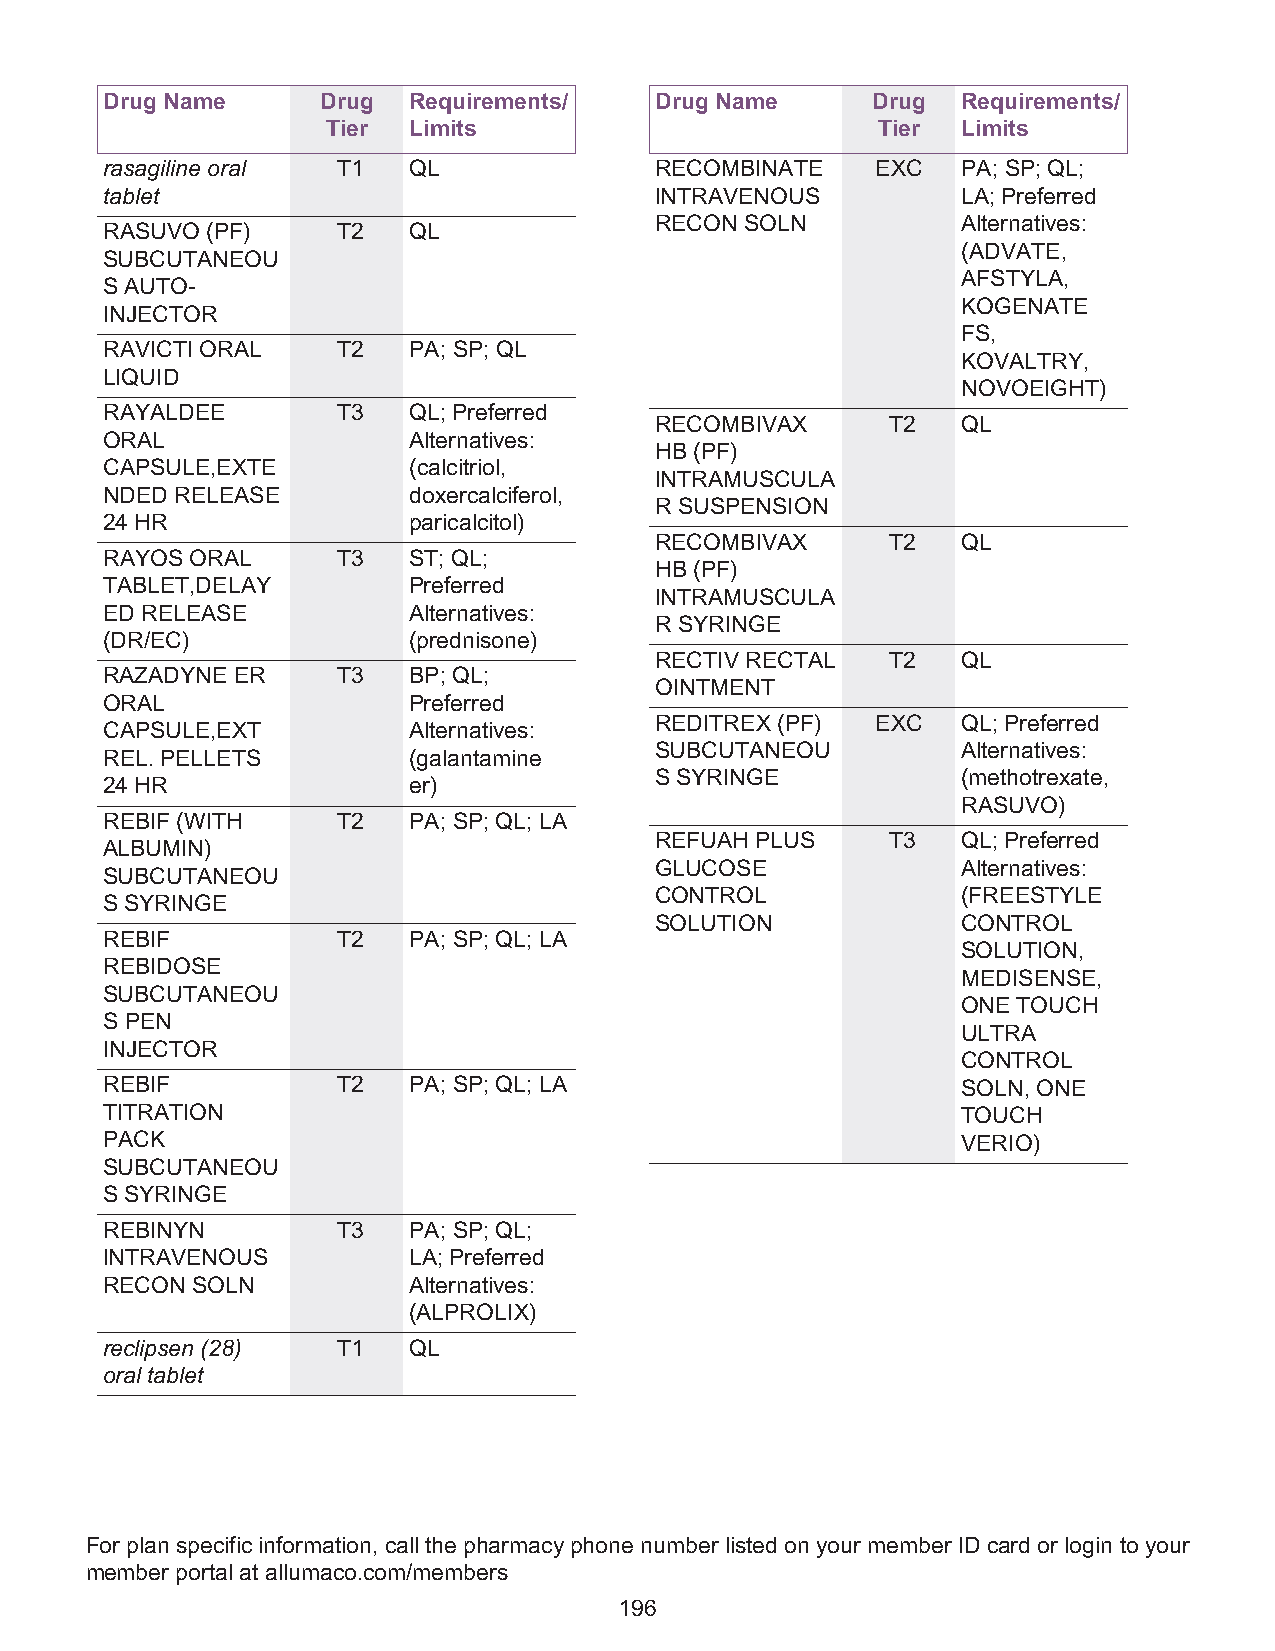
Drug Name     Drug  Requirements/   Drug Name      Drug  Requirements/
 Tier Limits                         Tier  Limits
 rasagiline oral T1  QL              RECOMBINATE    EXC   PA; SP; QL;
 tablet                              INTRAVENOUS          LA; Preferred
 RECON SOLN           Alternatives:
 RASUVO (PF)    T2   QL
 (ADVATE,
 SUBCUTANEOU
 AFSTYLA,
 S AUTO-
 KOGENATE
 INJECTOR
 FS,
 RAVICTI ORAL   T2   PA; SP; QL
 KOVALTRY,
 LIQUID
 NOVOEIGHT)
 RAYALDEE       T3   QL; Preferred
 RECOMBIVAX      T2   QL
 ORAL                Alternatives:
 HB (PF)
 CAPSULE,EXTE        (calcitriol,
 INTRAMUSCULA
 NDED RELEASE        doxercalciferol,
 R SUSPENSION
 24 HR               paricalcitol)
 RECOMBIVAX      T2   QL
 RAYOS ORAL     T3   ST; QL;
 HB (PF)
 TABLET,DELAY        Preferred
 INTRAMUSCULA
 ED RELEASE          Alternatives:
 R SYRINGE
 (DR/EC)             (prednisone)
 RECTIV RECTAL   T2   QL
 RAZADYNE ER    T3   BP; QL;
 OINTMENT
 ORAL                Preferred
 REDITREX (PF)  EXC   QL; Preferred
 CAPSULE,EXT         Alternatives:
 SUBCUTANEOU          Alternatives:
 REL. PELLETS        (galantamine
 S SYRINGE            (methotrexate,
 24 HR               er)
 RASUVO)
 REBIF (WITH    T2   PA; SP; QL; LA
 REFUAH PLUS     T3   QL; Preferred
 ALBUMIN)
 GLUCOSE              Alternatives:
 SUBCUTANEOU
 CONTROL              (FREESTYLE
 S SYRINGE
 SOLUTION             CONTROL
 REBIF          T2   PA; SP; QL; LA
 SOLUTION,
 REBIDOSE
 MEDISENSE,
 SUBCUTANEOU
 ONE TOUCH
 S PEN
 ULTRA
 INJECTOR
 CONTROL
 REBIF          T2   PA; SP; QL; LA                       SOLN, ONE
 TITRATION                                                TOUCH
 PACK                                                     VERIO)
 SUBCUTANEOU
 S SYRINGE
 REBINYN        T3   PA; SP; QL;
 INTRAVENOUS         LA; Preferred
 RECON SOLN          Alternatives:
 (ALPROLIX)
 reclipsen (28) T1   QL
 oral tablet
 For plan specific information, call the pharmacy phone number listed on your member ID card or login to your
 member portal at allumaco.com/members
 196